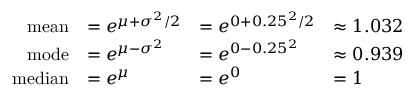
{ \begin{array} { r l l l } { { \mathrm { m e a n } } } & { = e ^ { \mu + \sigma ^ { 2 } / 2 } } & { = e ^ { 0 + 0 . 2 5 ^ { 2 } / 2 } } & { \approx 1 . 0 3 2 } \\ { { \mathrm { m o d e } } } & { = e ^ { \mu - \sigma ^ { 2 } } } & { = e ^ { 0 - 0 . 2 5 ^ { 2 } } } & { \approx 0 . 9 3 9 } \\ { { \mathrm { m e d i a n } } } & { = e ^ { \mu } } & { = e ^ { 0 } } & { = 1 } \end{array} }